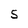
Character: S